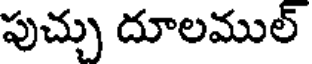
పుచ్చు దూలముల్